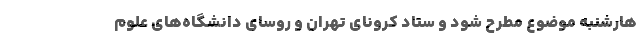
هارشنبه موضوع مطرح شود و ستاد کرونای تهران و روسای دانشگاه‌های علوم